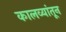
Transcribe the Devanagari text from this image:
कालव्यांतून